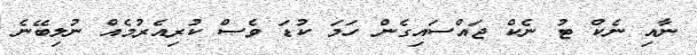
ނާއި ނެކް ޓު ނެކް ޖައްސައިގެން ހަމަ ކުޑަ ވެސް ކުރިއެރުމެއް ނުލިބޭނެ